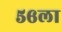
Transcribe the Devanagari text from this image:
५६ला